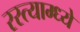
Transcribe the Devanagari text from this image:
रस्त्याम्ध्ये